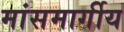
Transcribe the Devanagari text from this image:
मांसमार्गीय